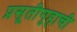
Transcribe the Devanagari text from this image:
प्रसूतीगृहाची